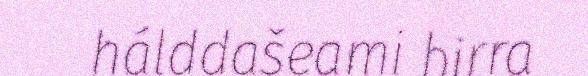
hálddašeami birra